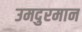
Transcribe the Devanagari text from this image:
उमदुरमान